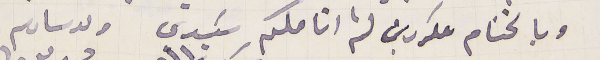
وبالختام مكررين لثم انامكم سَيدي  ولد ساىكم